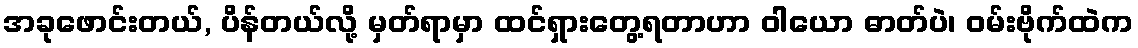
အခုဖောင်းတယ်, ပိန်တယ်လို့ မှတ်ရာမှာ ထင်ရှားတွေ့ရတာဟာ ဝါယော ဓာတ်ပဲ၊ ဝမ်းဗိုက်ထဲက